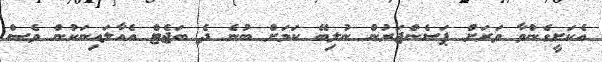
އެކަށީގެންވާ ވަރަށް ޕަސެންޖަރުން ނުލިބޭ ކަމަށް ބުނެ ދެ ބަޖެޓް އެއާލައިނަކުން ވެސް